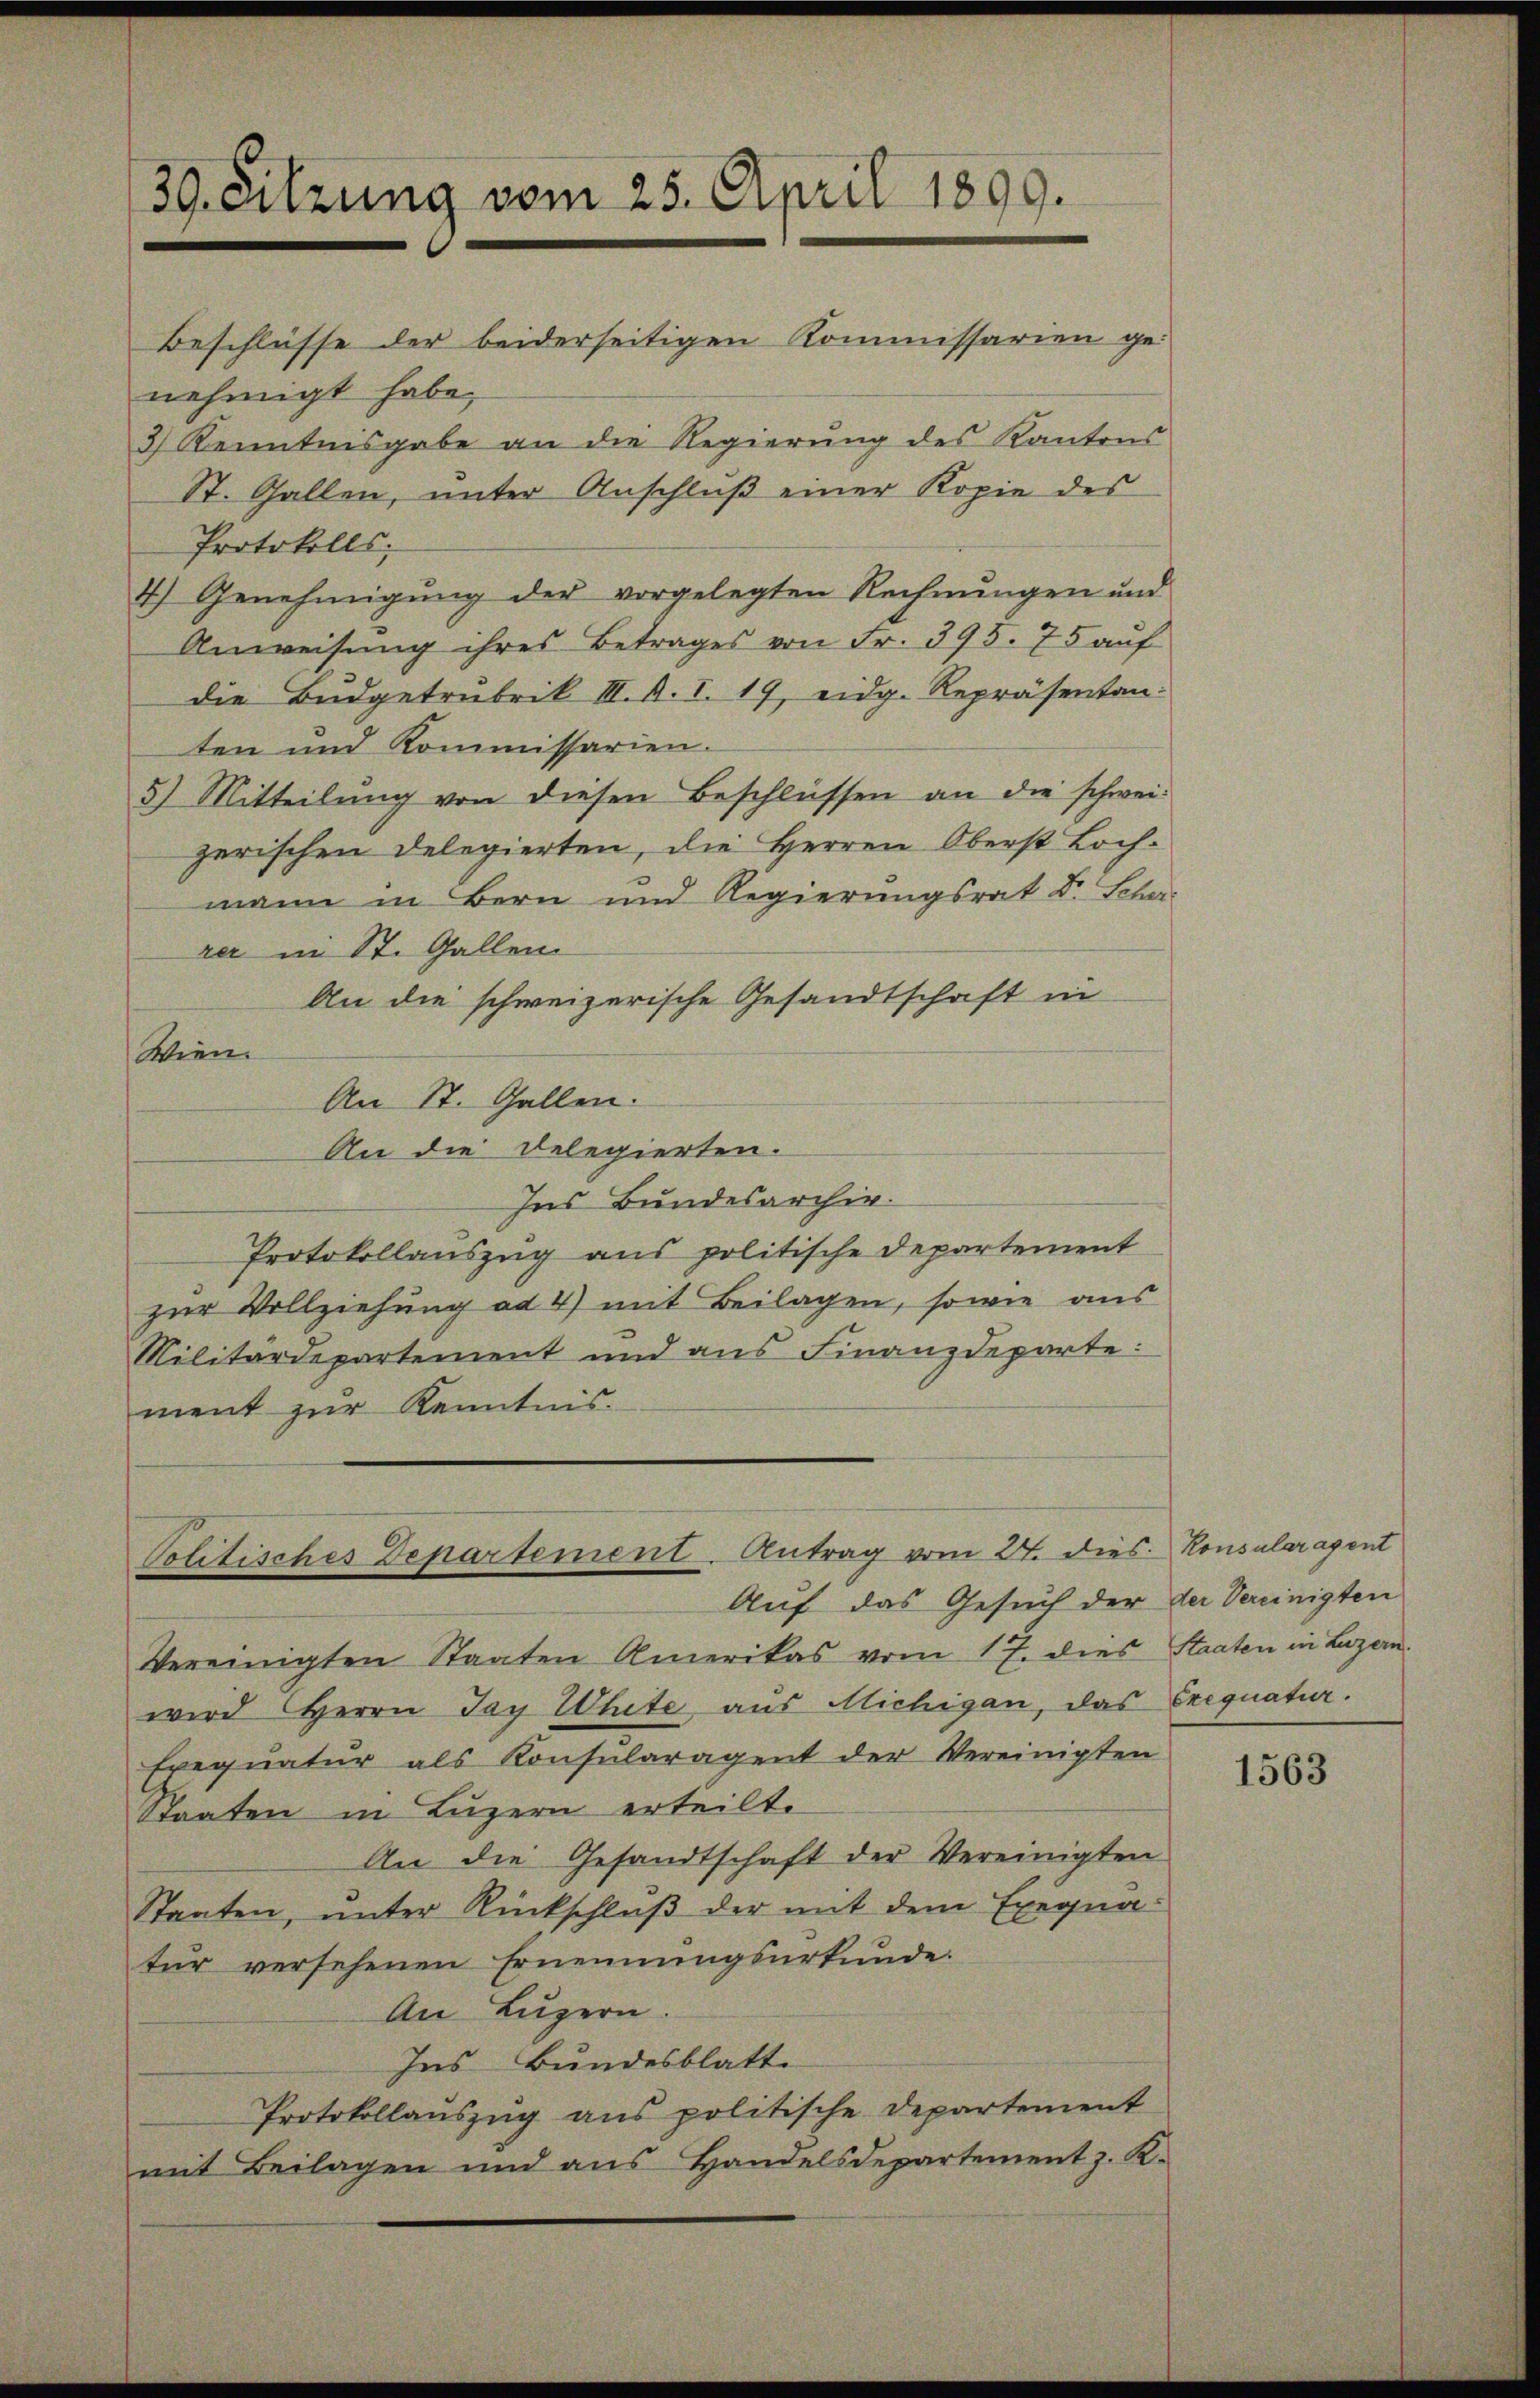
39. Sitzung vom 25. April 1899.
Beschlüsse der beiderseitigen Kommissarien ge-
nehmigt habe,
3 Kenntnisgabe an die Regierung des Kantons
St. Gallen, unter Anschluß einer Kopie des

Protokolls:
4) Genehmigung der vorgelegten Rechnungen und
Anweisung ihres Betrages von Fr. 395. 75 auf
die Bŭdgetrubrik III. A. I. 19 eidg. Repräsentan:
ten und Kommissarien.
5) Mitteilŭng von diesen Beschlüssen an die schwei-
zerischen Delegierten, die Herren Oberst Lochmann in Bern und Regierungsrat Dr. Schan
rer in St. Gallen
An die schweizerische Gesandtschaft in
Wien.
An St. Gallen.
An die Delegierten.
Ins Bundesarchiv.
Protokollauszug aus politische Departement
zur Vollziehung ad 4) mit Beilagen, sowie aus
Militärdepartement und ans Finanzdeparte:
ment zur Kenntnis.

Politisches Departement. Antrag vom 27. dies. Konsularagent
Auf das Gesuch der der Vereinigten

Vereinigten Staaten Amerikas vom 17. dies Staaten in Luzern.
wird Herrn Jay White aus Michigan, das Exequatur.
Exequatur als Konsularagent der Vereinigten
Staaten in Luzern erteilt.
An die Gesandtschaft der Vereinigten
Staaten, unter Rückschluß der mit dem Exequa-
tür versehenen Ernennungsurkunde.
An Luzern.
Ins Bundesblatte
Protokollauszug aus politische Departement
mit Beilagen und aus Handelsdepartement z. K.

1563